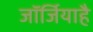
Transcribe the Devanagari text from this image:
जॉर्जियाहै